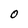
Character: 0